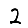
Digit: 2